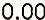
0.00